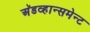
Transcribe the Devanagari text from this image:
अॅडव्हान्समेन्ट